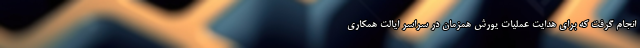
انجام گرفت که برای هدایت عملیات یورش همزمان در سراسر ایالت همکاری